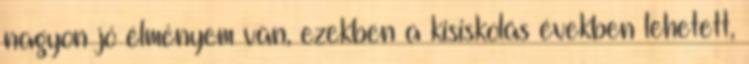
nagyon jó élményem van, ezekben a kisiskolás években lehetett,